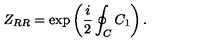
Z _ { R R } = \exp \left( \frac { i } { 2 } \oint _ { C } C _ { 1 } \right) .